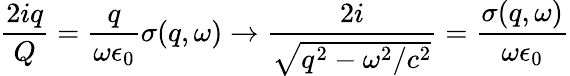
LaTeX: \frac{2iq}{Q}=\frac{q}{\omega\epsilon_{0}}\sigma(q,\omega)\rightarrow\frac{2i}{\sqrt{q^{2}-\omega^{2}/c^{2}}}=\frac{\sigma(q,\omega)}{\omega\epsilon_{0}}